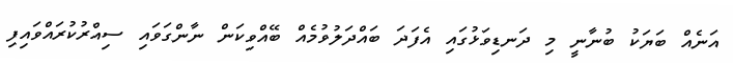
އަނެއް ބަޔަކު ބުނާނީ މި ދަނޑިވަޅުގައި އެފަދަ ބައްދަލުވުމެއް ބޭއްވިކަން ނާންގަވައި ސިއްރުކުރައްވައިފި